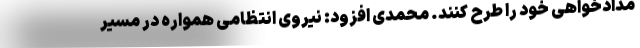
مدادخواهی خود را طرح کنند. محمدی افزود: نیروی انتظامی همواره در مسیر